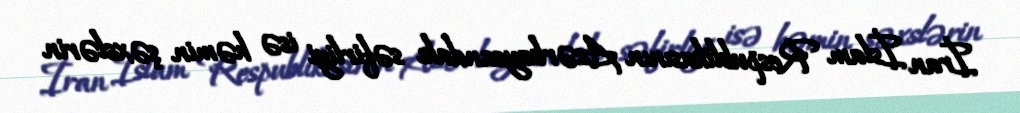
İran İslam Respublikasının Azərbaycandakı səfirliyi isə həmin şəxslərin